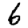
Digit: 6